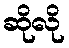
ဆိုလို